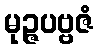
မုဉ္ဇပဗ္ဗဇံ